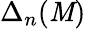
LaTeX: \Delta_{n}(\mathit{M})